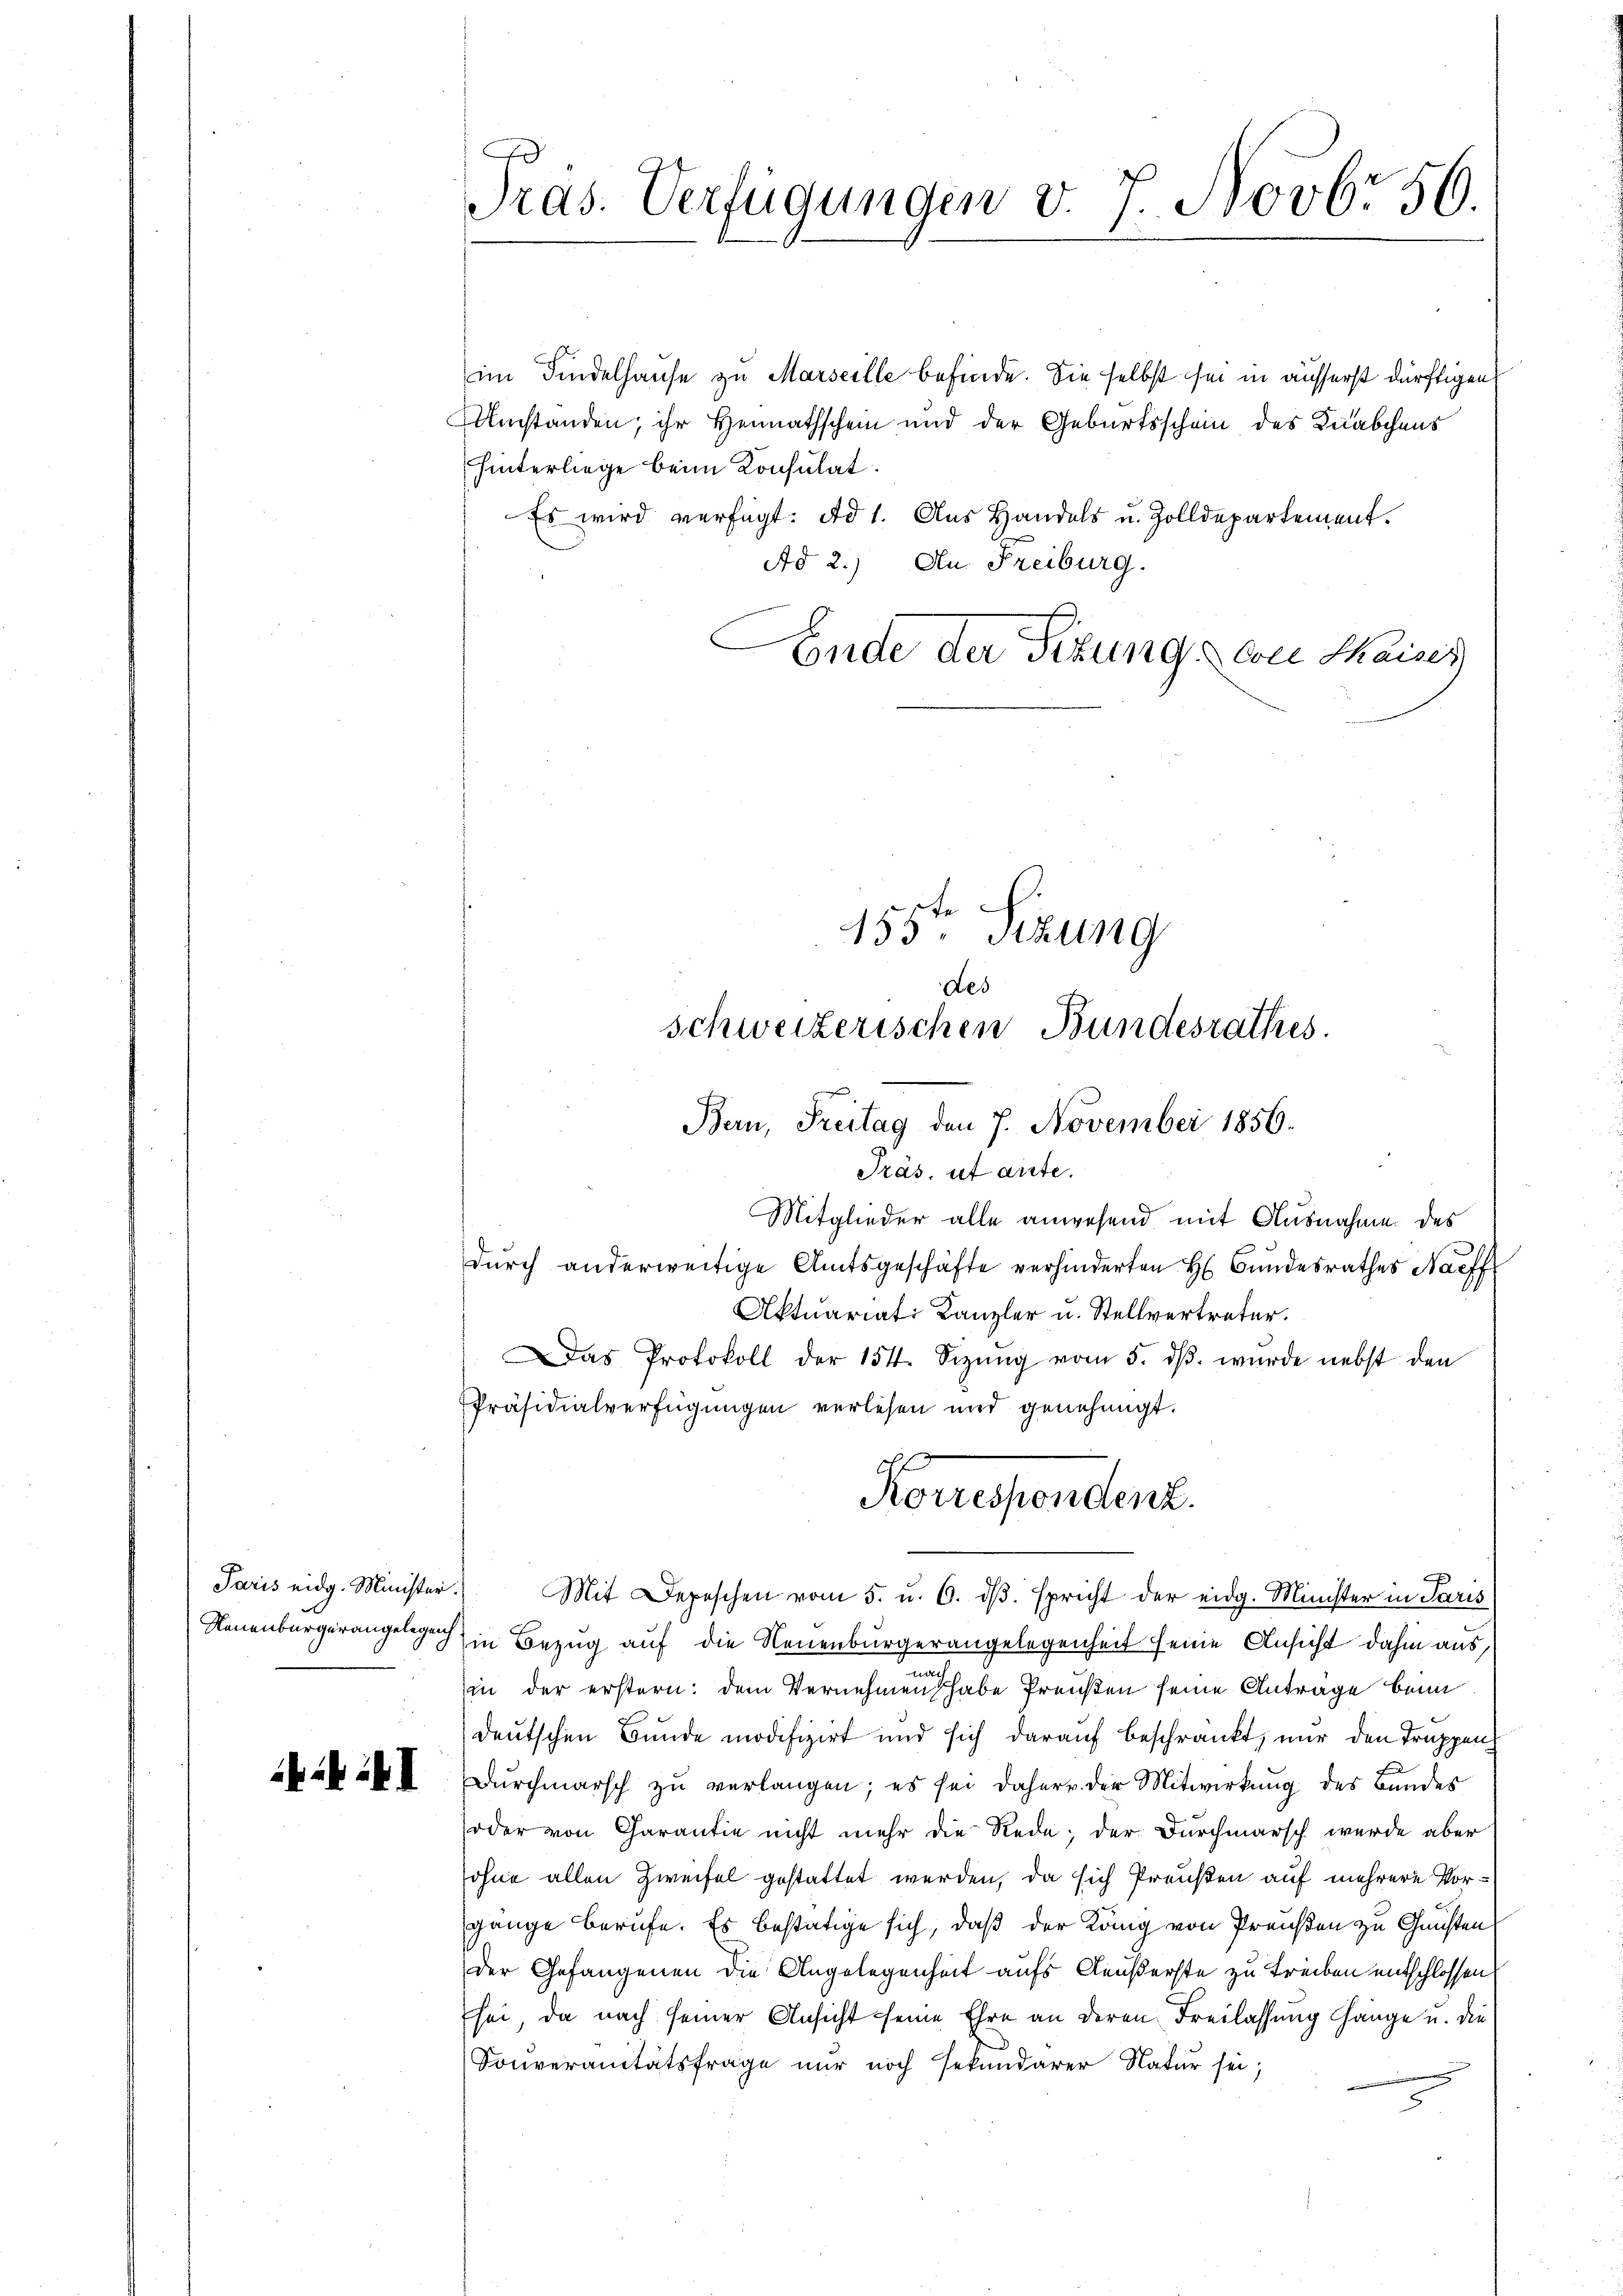
Paris eidg. Minister.
Neuenburger angelegenh

ik im I

Tras. Verfügungen v. 7. Novbr 56.

im Findelhause zu Marseille befinde. Sie selbst sei in äusserst dürftigen
Umstanden, ihr Heimathschein und der Geburtsschein des Knabchens
hinterliege beim Konsulat.
Es wird verfügt: ad 1. Aus Handels u. Zolldepartement.
Ad 2.) An Freiburg.
Ende der Sitzung von Maiser

155ten Sizung
Des
schweizerischen Bundesrathes.
Bern, Freitag den 7. November 1856.

Korrespondent.

Pras, ut aute.
Mitglieder alle anwesend mit Ausnahme des
dŭrch anderweitige Amtsgeschäfte verhinderten H. Bundesrathes Nachf
Aktuariat Kanzler u. Stellvertreter.
Das Protokoll der 154. Sizŭng vom 5. dβ. wurde nebst den
Präsidialverfügungen verlesen und genehmigt.

Mit Depeschen vom 5. u. 6. dβ. spricht der eidg. Minister in Paris
in Bezug auf die Neuenburgerangelegenheit seine Ansicht dahin aus
m
in der erstern: dem Vernehmen habe Preußen seine Antrage beim
deutschen Bunde modifizirt und sich darauf beschränkt, nur den Truppen
Dŭrchmarsch zu verlangen; es sei daher u. der Mitwirkung des Bandes
oder von Charantie nicht mehr die Rede; der Durchmarsch wurde aber
ohne allen Zweifel gestattet werden, da sich Preußen auf mehrere Vorgange Berufe. Es bestätige sich, daß der Köng von Preußen zu Gunsten
Der Gefangenen die Angelegenheit aufs Aeußerste zu treiben entschlossen,
sei, da nach seiner Ansicht seine Ehre an deren Freilassung länge u. die
Konveranitätsfrage nur noch sekundarer Natur sei;
2